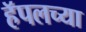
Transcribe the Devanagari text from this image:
हॅपलच्या